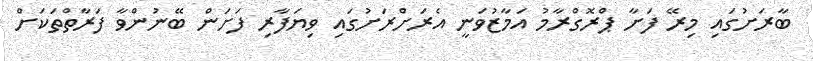
ބާރަށުގައި މިރޭ ފަށާ ޕްރޮގްރާމު އަމާޒުވަނީ އެރަށްރަށުގައި ވިޔަފާރި ފަށަން ބޭނުންވާ ފަރާތްތަކަށް